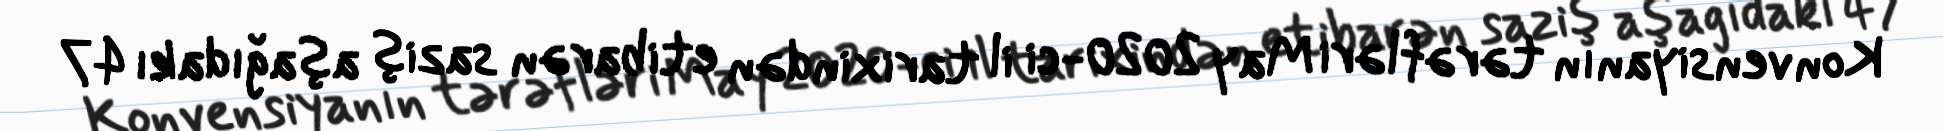
Konvensiyanın tərəfləri May 2020-ci il tarixindən etibarən saziş aşağıdakı 47